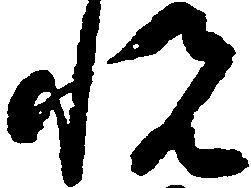
悦